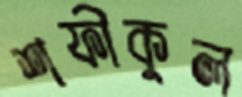
শফীকুল